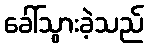
ခေါ်သွားခဲ့သည်